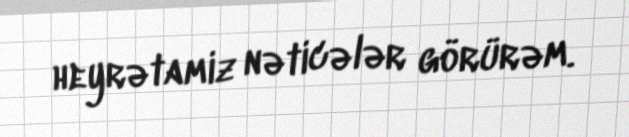
heyrətamiz nəticələr görürəm.